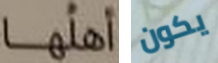
أهلها يكون